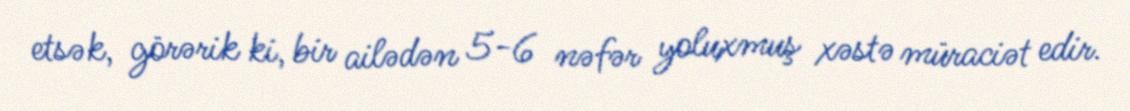
etsək, görərik ki, bir ailədən 5-6 nəfər yoluxmuş xəstə müraciət edir.